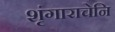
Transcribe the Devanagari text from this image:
शृंगाराचेनि